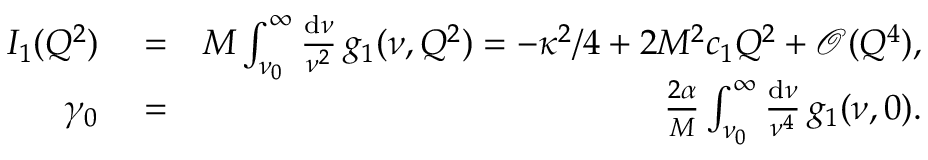
\begin{array} { r l r } { I _ { 1 } ( Q ^ { 2 } ) } & { { } = } & { M \int _ { \nu _ { 0 } } ^ { \infty } \frac { \mathrm { d } \nu } { \nu ^ { 2 } } \, g _ { 1 } ( \nu , Q ^ { 2 } ) = - \kappa ^ { 2 } / 4 + 2 M ^ { 2 } c _ { 1 } Q ^ { 2 } + \mathcal { O } ( Q ^ { 4 } ) , } \\ { \gamma _ { 0 } } & { { } = } & { \frac { 2 \alpha } { M } \int _ { \nu _ { 0 } } ^ { \infty } \frac { \mathrm { d } \nu } { \nu ^ { 4 } } \, g _ { 1 } ( \nu , 0 ) . } \end{array}